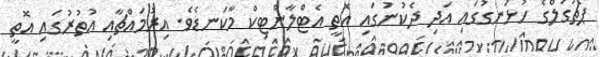
ޕޯޗުގަލްގެ ހުޅަނގުގައި އަދި ދެކުނުގައި އޮތީ އެޓްލާންޓިކް މާކަނޑެވެ. އިރުމައްޗާއި އުތުރުގައި އޮތީ